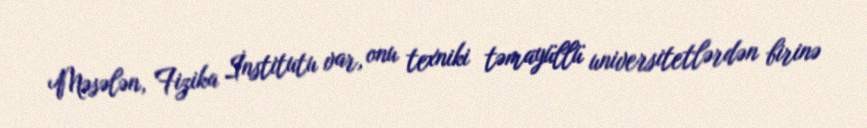
Məsələn, Fizika İnstitutu var, onu texniki təmayüllü universitetlərdən birinə